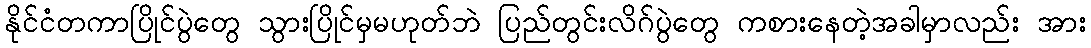
နိုင်ငံတကာပြိုင်ပွဲတွေ သွားပြိုင်မှမဟုတ်ဘဲ ပြည်တွင်းလိဂ်ပွဲတွေ ကစားနေတဲ့အခါမှာလည်း အား